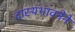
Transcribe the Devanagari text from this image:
दास्यभावनेने